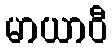
မာယာဝီ